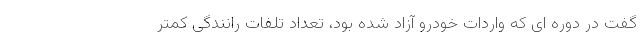
گفت در دوره ای که واردات خودرو آزاد شده بود، تعداد تلفات رانندگی کمتر